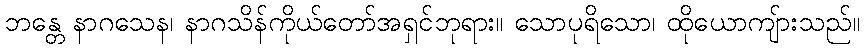
ဘန္တေ နာဂသေန၊ နာဂသိန်ကိုယ်တော်အရှင်ဘုရား။ သောပုရိသော၊ ထိုယောကျ်ားသည်။